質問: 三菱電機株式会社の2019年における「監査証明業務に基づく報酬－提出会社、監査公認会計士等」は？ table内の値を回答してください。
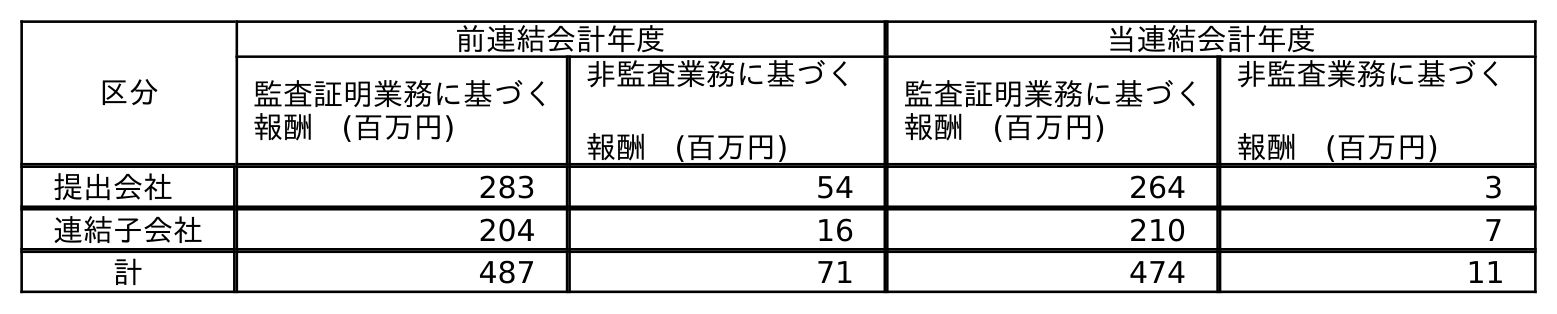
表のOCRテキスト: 区分 前連結会計年度 当連結会計年度 監査証明業務に基づく 報酬 (百万円) 非監査業務に基づく 報酬 (百万円) 監査証明業務に基づく 報酬 (百万円) 非監査業務に基づく 報酬 (百万円) 提出会社 283 54 264 3 連結子会社 204 16 210 7 計 487 71 474 11
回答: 283